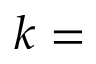
k =